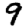
Digit: 9